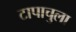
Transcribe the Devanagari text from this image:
टापाचुला